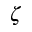
\zeta